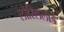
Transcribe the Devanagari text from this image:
लोरिललार्ड